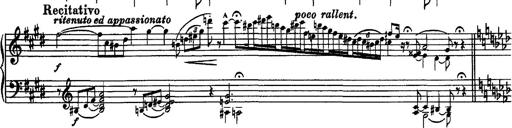
Title: Piano Sonata
Composer: Karl HÃ¤ssler
Key: C major